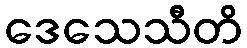
ဒေသေသီတိ